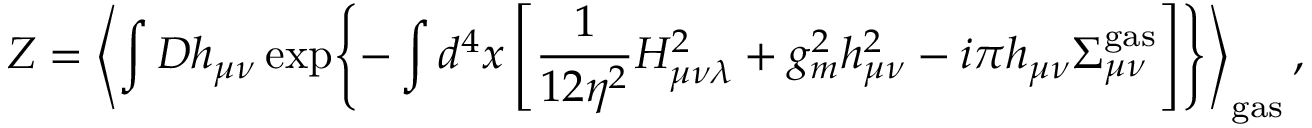
{ \cal Z } = \left< \int { \cal D } h _ { \mu \nu } \exp \Biggl \{ - \int d ^ { 4 } x \left[ \frac 1 { 1 2 \eta ^ { 2 } } H _ { \mu \nu \lambda } ^ { 2 } + g _ { m } ^ { 2 } h _ { \mu \nu } ^ { 2 } - i \pi h _ { \mu \nu } \Sigma _ { \mu \nu } ^ { \mathrm { g a s } } \right] \Biggr \} \right> _ { \mathrm { g a s } } ,